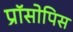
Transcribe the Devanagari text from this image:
प्रॉसोपिस